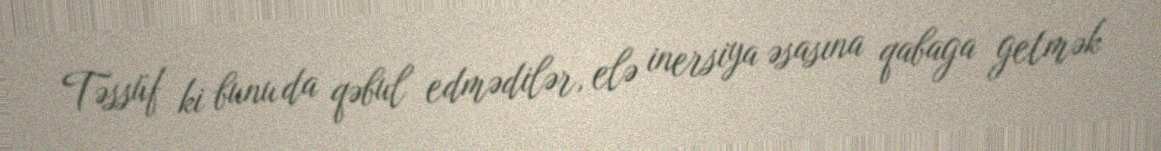
Təssüf ki bunu da qəbul edmədilər, elə inersiya əsasına qabaga getmək